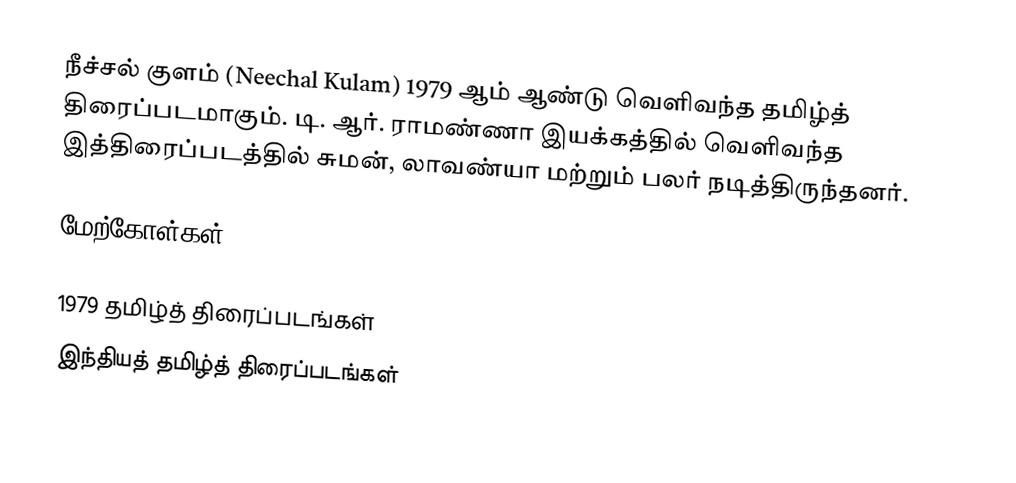
நீச்சல் குளம் (Neechal Kulam)  1979 ஆம் ஆண்டு வெளிவந்த தமிழ்த் திரைப்படமாகும். டி. ஆர். ராமண்ணா இயக்கத்தில் வெளிவந்த இத்திரைப்படத்தில் சுமன், லாவண்யா மற்றும் பலர் நடித்திருந்தனர்.

மேற்கோள்கள்

1979 தமிழ்த் திரைப்படங்கள்
இந்தியத் தமிழ்த் திரைப்படங்கள்